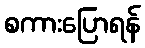
စကားပြောရန်